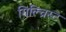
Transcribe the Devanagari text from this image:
गिल्च्रिस्ट